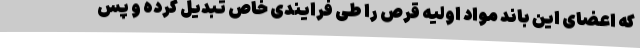
که اعضای این باند مواد اولیه قرص را طی فرایندی خاص تبدیل کرده و پس